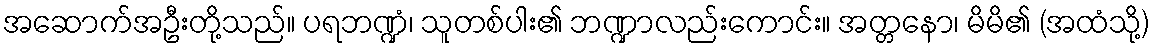
အဆောက်အဦးတို့သည်။ ပရဘဏ္ဍံ၊ သူတစ်ပါး၏ ဘဏ္ဍာလည်းကောင်း။ အတ္တနော၊ မိမိ၏ (အထံသို့)